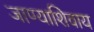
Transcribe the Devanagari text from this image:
जाण्याशिवाय